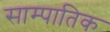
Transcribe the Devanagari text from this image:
साम्पातिक